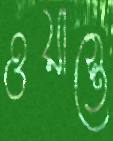
ওয়াস্তে